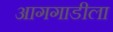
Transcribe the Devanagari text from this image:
आगगाडीला